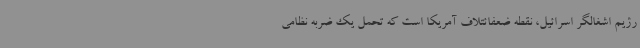
رژیم اشغالگر اسرائیل، نقطه ضعفائتلاف آمریکا است که تحمل یک ضربه نظامی